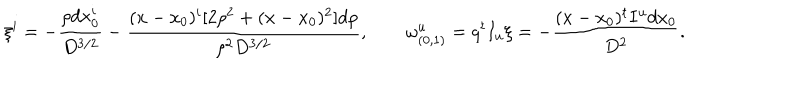
\xi ^ { i } = - { \frac { \rho d x _ { 0 } ^ { i } } { D ^ { 3 / 2 } } } - { \frac { ( x - x _ { 0 } ) ^ { i } [ 2 \rho ^ { 2 } + ( x - x _ { 0 } ) ^ { 2 } ] d \rho } { \rho ^ { 2 } D ^ { 3 / 2 } } } , \quad \quad \omega _ { ( 0 , 1 ) } ^ { u } = q ^ { t } I _ { u } \xi = - { \frac { ( x - x _ { 0 } ) ^ { t } I ^ { u } d x _ { 0 } } { D ^ { 2 } } } .